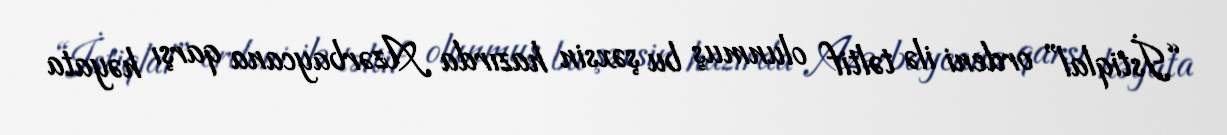
“İstiqlal” ordeni ilə təltif olunmuş bu şəxsin hazırda Azərbaycana qarşı həyata